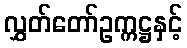
လွှတ်တော်ဥက္ကဋ္ဌနှင့်